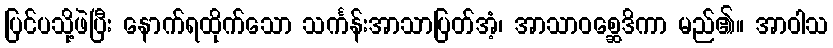
ပြင်ပသို့ဖဲပြီး နောက်ရထိုက်သော သင်္ကန်းအာသာပြတ်အံ့၊ အာသာဝစ္ဆေဒိကာ မည်၏။ အာဝါသ